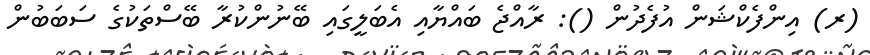
(ރ) އިންފެކްޝަން އުފެދުން (): ރާއްޖެ ބައްޔާއި އެބަލީގައި ބޭނުންކުރާ ބޭސްތަކުގެ ސަބަބުން